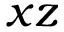
x z